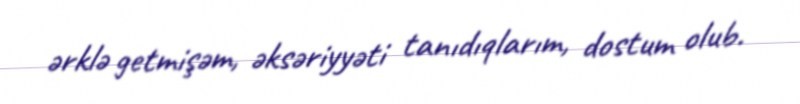
ərklə getmişəm, əksəriyyəti tanıdıqlarım, dostum olub.